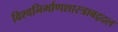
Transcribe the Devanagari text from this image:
विश्वनिर्माणशास्त्राबद्दल